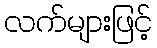
လက်များဖြင့်